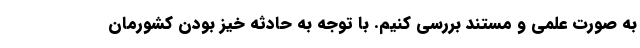
به صورت علمی و مستند بررسی کنیم. با توجه به حادثه خیز بودن کشورمان